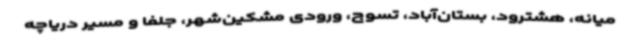
میانه، هشترود، بستان‌آباد، تسوج، ورودی مشکین‌شهر، جلفا و مسیر دریاچه